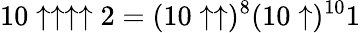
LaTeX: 10\uparrow\uparrow\uparrow\uparrow 2=(10\uparrow\uparrow)^{8}(10\uparrow)^{10}1